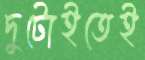
দুটোইতেই